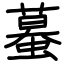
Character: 蟇